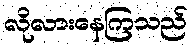
လိုလားနေကြသည်